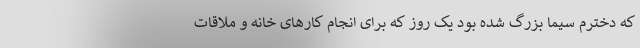
که دخترم سیما بزرگ شده بود یک روز که برای انجام کار‌های خانه و ملاقات